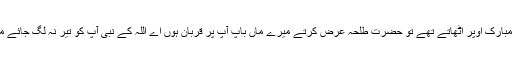
آپ صلی اللہ علیہ وسلم مشرکوں کو دیکھنے کے لیے سر مبارک اوپر اٹھاتے تھے تو حضرت طلحہ عرض کرتے میرے ماں باپ آپ پر قربان ہوں اے اللہ کے نبی آپ کو تیر نہ لگ جائے میری گردن آپ کی گردن کے لیے بطور ڈھال حاضر ہے ۔